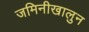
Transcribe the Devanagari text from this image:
जमिनीखालुन